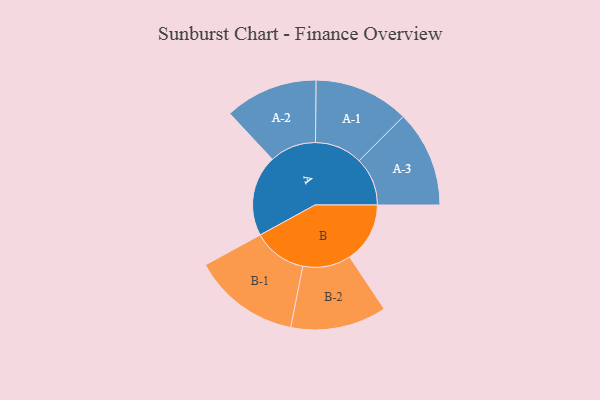
{"axis": {"x": "Segment", "y": "Value"}, "legend": ["", "A", "B"], "data": [{"x": "A", "y": 376, "type": ""}, {"x": "B", "y": 280, "type": ""}, {"x": "A-1", "y": 221, "type": "A"}, {"x": "A-2", "y": 216, "type": "A"}, {"x": "A-3", "y": 224, "type": "A"}, {"x": "B-1", "y": 249, "type": "B"}, {"x": "B-2", "y": 223, "type": "B"}]}